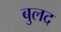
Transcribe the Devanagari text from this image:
बुलद